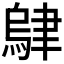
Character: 𬚭